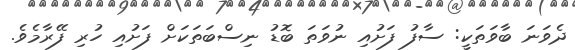
ދެވަނަ ބާވަތަކީ: ސާފު ފަށުއި ނުވަތަ ބޮޑު ނިސްބަތަކަށް ފަށުއި ހުރި ފޭރާމެވެ.